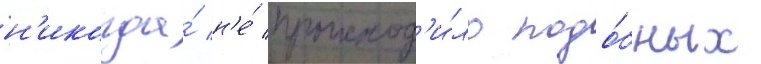
н'икогда́ н'е́ происход'и́ло подо́бных